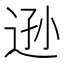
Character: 逊